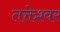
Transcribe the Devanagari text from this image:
तक्तेश्वर